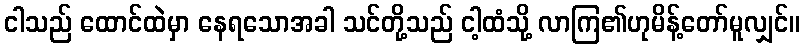
ငါသည် ထောင်ထဲမှာ နေရသောအခါ သင်တို့သည် ငါ့ထံသို့ လာကြ၏ဟုမိန့်တော်မူလျှင်။